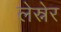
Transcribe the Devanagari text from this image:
लेस्नेर